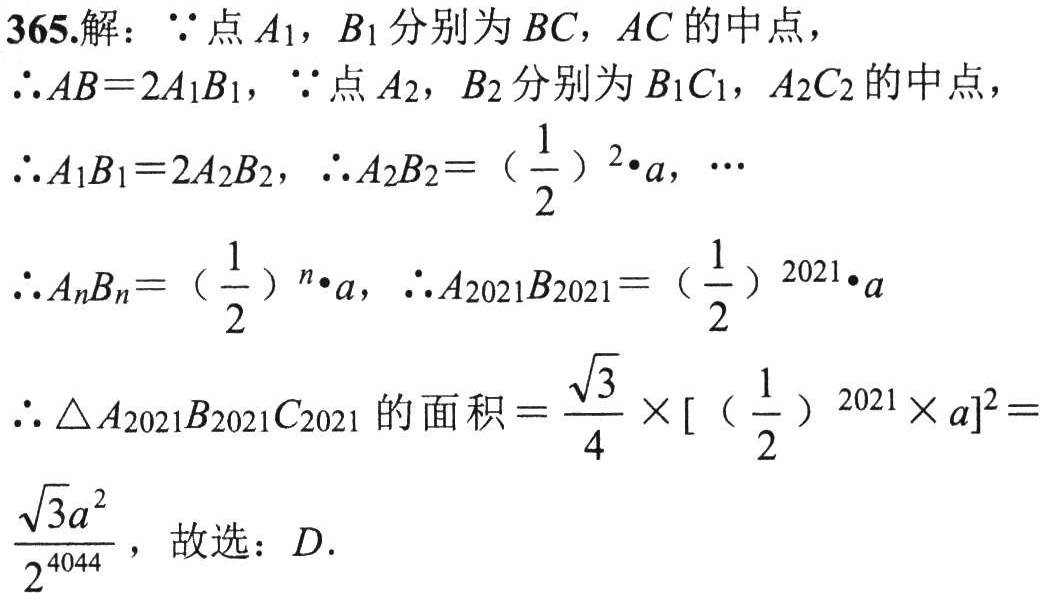
365.解：\(\because\)点\(A_1\)，\(B_1\)分别为\(BC\)，\(AC\)的中点，
\(\therefore AB = 2A_1B_1\)，\(\because\)点\(A_2\)，\(B_2\)分别为\(B_1C_1\)，\(A_2C_2\)的中点，
\(\therefore A_1B_1 = 2A_2B_2\)，\(\therefore A_2B_2 = (\frac{1}{2})^2\cdot a\)，\(\cdots\)
\(\therefore A_nB_n = (\frac{1}{2})^n\cdot a\)，\(\therefore A_{2021}B_{2021} = (\frac{1}{2})^{2021}\cdot a\)
\(\therefore \triangle A_{2021}B_{2021}C_{2021}\)的面积\(=\frac{\sqrt{3}}{4}\times[(\frac{1}{2})^{2021}\times a]^2=\frac{\sqrt{3}a^2}{2^{4044}}\)，故选：\(D\).